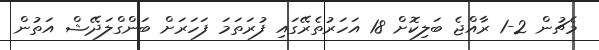
މެޗުން 2-1 ރާއްޖެ ބަލިކޮށް 18 އަހަރުތެރޭގައި ފުރަތަމަ ފަހަރަށް ބަންގްލަދޭޝް އަތުން